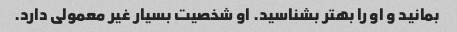
بمانید و او را بهتر بشناسید. او شخصیت بسیار غیر معمولی دارد.